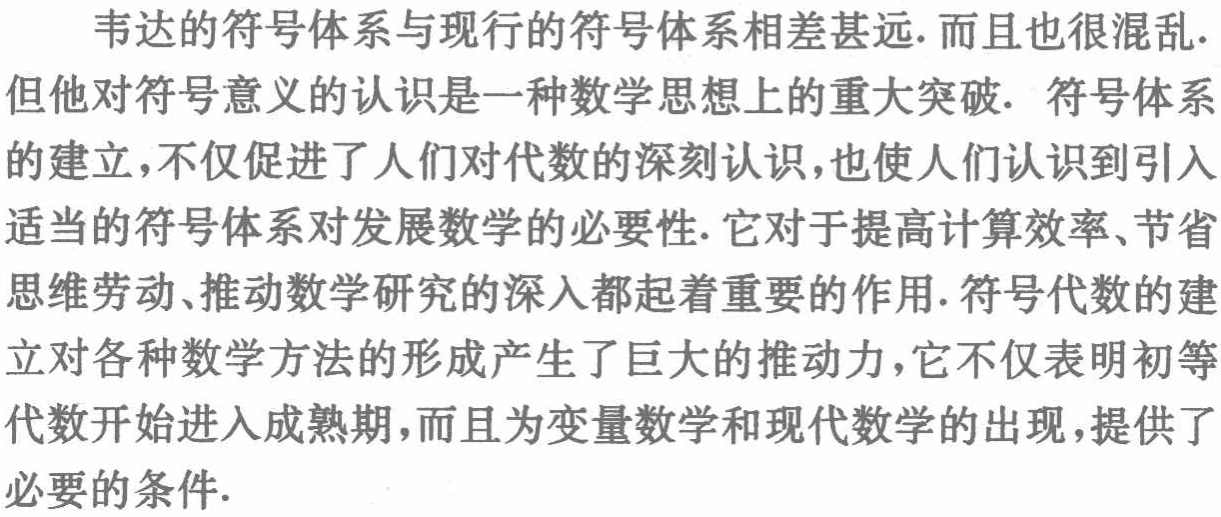
法二：数列\(\{a_{n}\}\)的前\(n\)项和\(S_{n}=3^{n}-1\)满足形式\(S_{n}=A - A\cdot q^{n}\)，根据结论知，数列\(\{a_{n}\}\)是公比为\(3\)的等比数列.